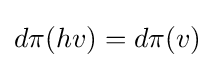
d\pi (hv)=d\pi (v)